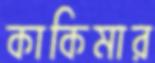
কাকিমার